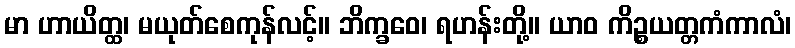
မာ ဟာယိတ္ထ၊ မယုတ်စေကုန်လင့်။ ဘိက္ခဝေ၊ ရဟန်းတို့။ ယာဝ ကိဉ္စယတ္တကံကာလံ၊